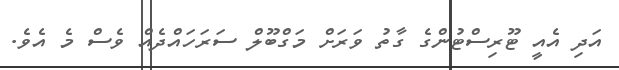
އަދި އެއީ ޓޫރިސްޓުންގެ ގާތު ވަރަށް މަގްބޫލް ސަރަހައްދެއް ވެސް މެ އެވެ.